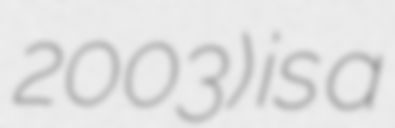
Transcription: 2003) is a